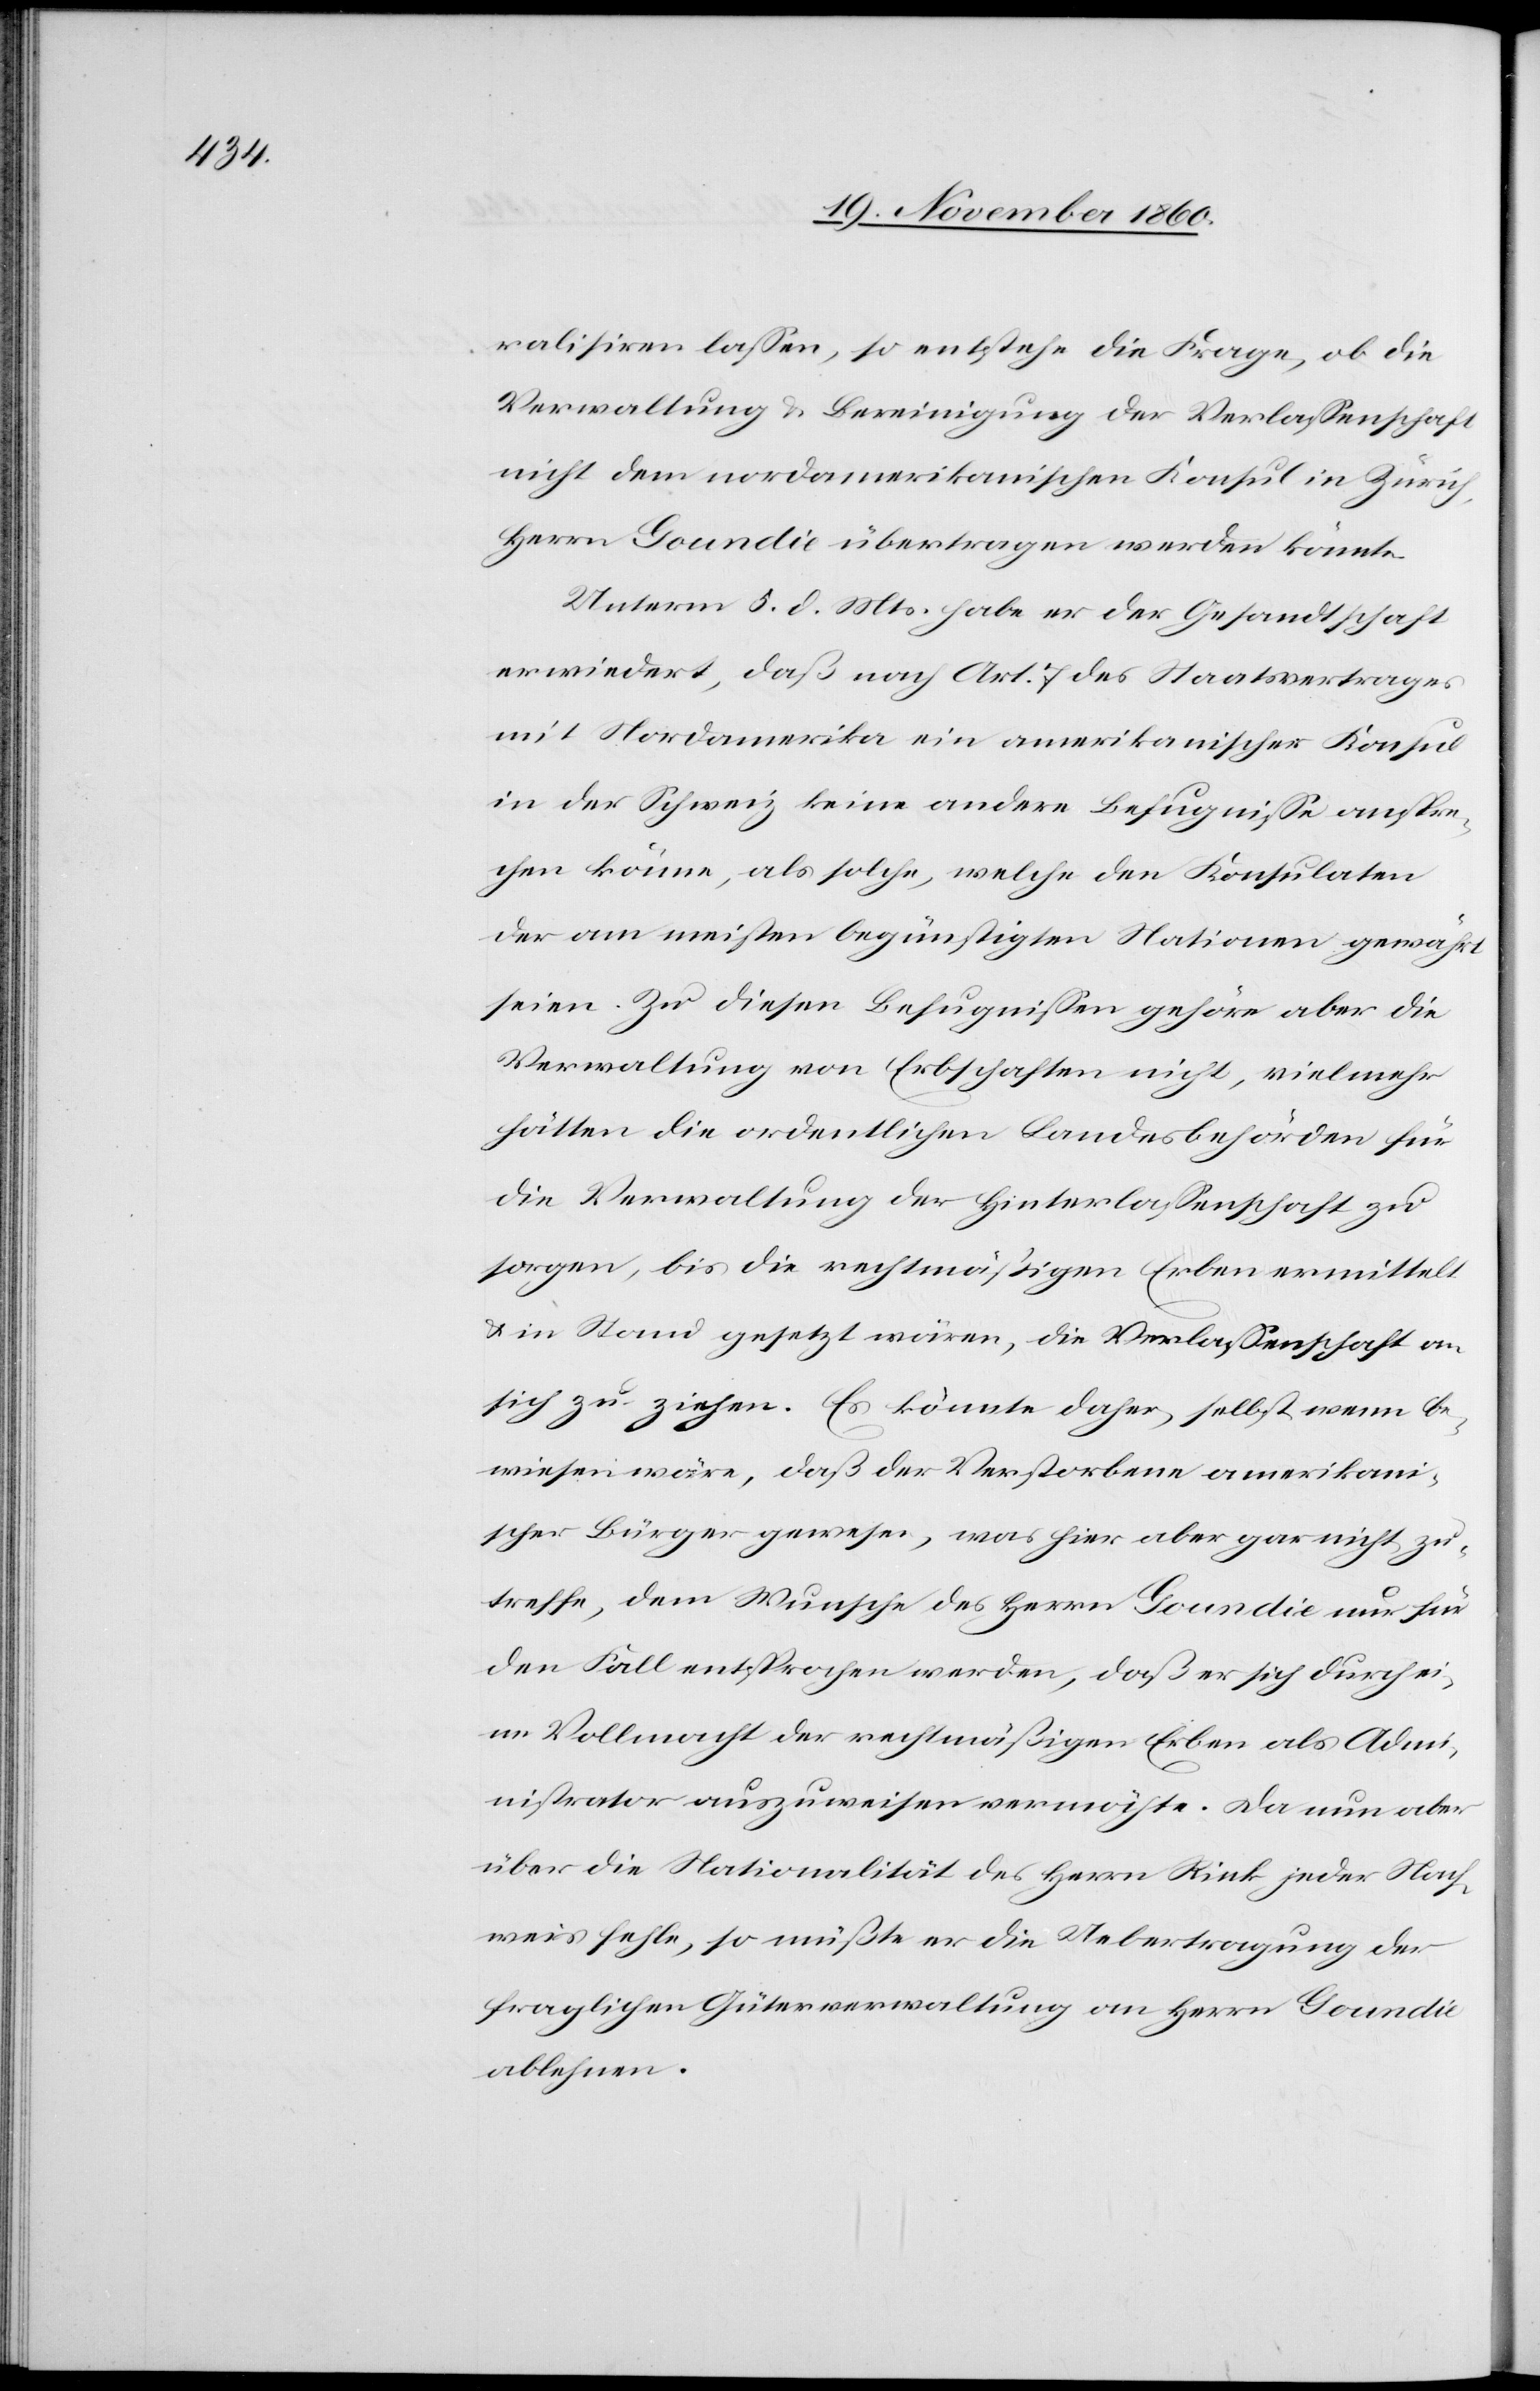
ralisiren lassen, so entstehe die Frage, ob die
Verwaltung u. Bereinigung der Verlassenschaft
nicht dem nordamerikanischen Konsul in Zürich,
Herrn Goundie übertragen werden könnte.
Unterm 5. d. Mts. habe er der Gesandtschaft
erwiedert, daß nach Art. 7 des Staatsvertrages
mit Nordamerika ein amerikanischer Konsul
in der Schweiz keine andere Befugnisse anspre¬
chen könne, als solche, welche den Konsulaten
der am meisten begünstigten Nationen gewährt
seien. Zu diesen Befugnissen gehöre aber die
Verwaltung von Erbschaften nicht, vielmehr
hätten die ordentlichen Landesbehörden für
die Verwaltung der Hinterlassenschaft zu
sorgen, bis die rechtmäßigen Erben ermittelt
u. in Stand gesetzt wären, die Verlassenschaft an
sich zu ziehen. Es könnte daher, selbst wenn be¬
wiesen wäre, daß der Verstorbene amerikani¬
scher Bürger gewesen, was hier aber gar nicht zu¬
treffe, dem Wunsche des Herrn Goundie nur für
den Fall entsprochen werden, daß er sich durch ei¬
ne Vollmacht der rechtmäßigen Erben als Admi¬
nistrator auszuweisen vermöchte. Da nun aber
über die Nationalität des Herrn Rink jeder Nach¬
weis fehle, so müßte er die Uebertragung der
fraglichen Güterverwaltung an Herrn Goundie
ablehnen.